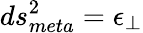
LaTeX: ds_{meta}^{2}=\epsilon_{\perp}